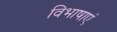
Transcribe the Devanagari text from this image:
विभाषाएं